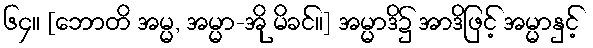
၆၄။ [ဘောတိ အမ္မ, အမ္မာ-အို မိခင်။] အမ္မာဒိ၌ အာဒိဖြင့် အမ္မာနှင့်